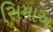
સિમાઅ